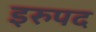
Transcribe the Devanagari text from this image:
इरुपद